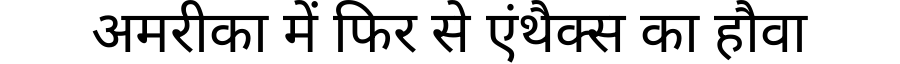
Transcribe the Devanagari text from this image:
अमरीका में फिर से एंथैक्स का हौवा